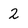
Character: 2